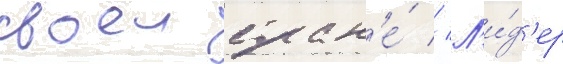
своеи стран'е́ // Л'и́д'ер